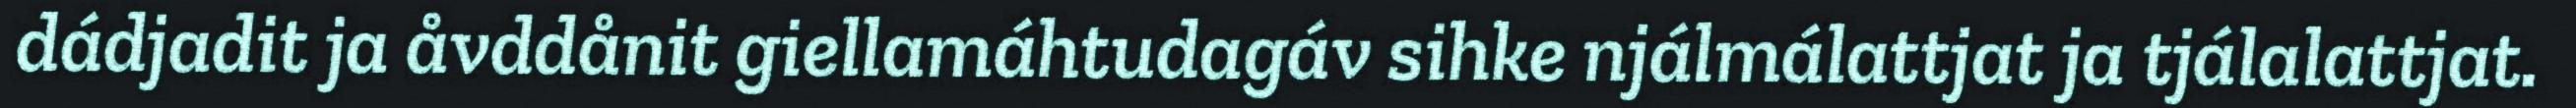
dádjadit ja åvddånit giellamáhtudagáv sihke njálmálattjat ja tjálalattjat.